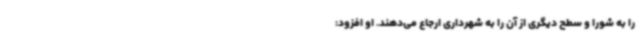
را به شورا و سطح دیگری از آن را به شهرداری ارجاع می‌دهند. او افزود: